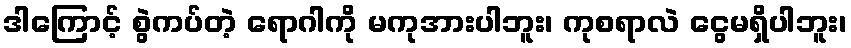
ဒါကြောင့် စွဲကပ်တဲ့ ရောဂါကို မကုအားပါဘူး၊ ကုစရာလဲ ငွေမရှိပါဘူး၊